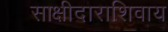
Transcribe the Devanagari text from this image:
साक्षीदाराशिवाय